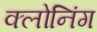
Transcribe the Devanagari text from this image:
क्‍लोनिंग